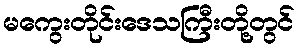
မကွေးတိုင်းဒေသကြီးတို့တွင်